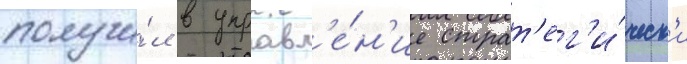
получи́л в управл'е́н'ие страт'ег'и́ческ'и